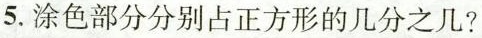
5.涂色部分分别占正方形的几分之几?